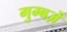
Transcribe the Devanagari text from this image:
गुम्बज़ें